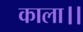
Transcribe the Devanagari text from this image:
काला।।